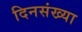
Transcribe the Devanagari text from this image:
दिनसंख्या